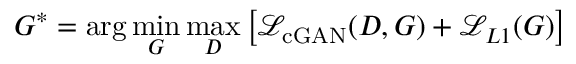
G ^ { * } = \arg \operatorname* { m i n } _ { G } \operatorname* { m a x } _ { D } \left[ \mathcal { L } _ { \mathrm { c G A N } } ( D , G ) + \mathcal { L } _ { L 1 } ( G ) \right]